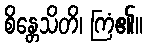
စိန္တေသိတိ၊ ကြံ၏။